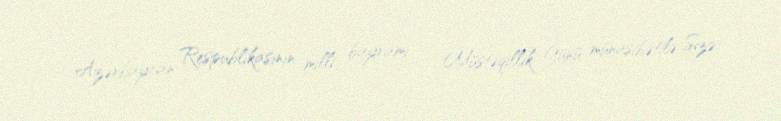
Azərbaycan Respublikasının milli bayramı – Müstəqillik Günü münasibətilə Sizə